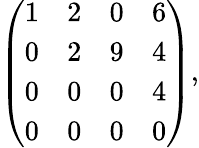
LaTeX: {\left(\begin{array}{llll}{1}&{2}&{0}&{6}\\ {0}&{2}&{9}&{4}\\ {0}&{0}&{0}&{4}\\ {0}&{0}&{0}&{0}\end{array}\right)},